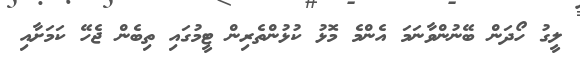
ލީގު ހޯދަން ބޭނުންވާނަމަ އެންމެ މޮޅު ކުޅުންތެރިން ޓީމުގައި ތިބެން ޖެހޭ ކަމަށާއި